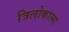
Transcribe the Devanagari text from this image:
त्रिलोकात्मा